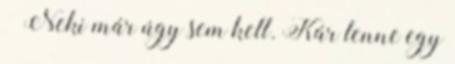
– Neki már úgy sem kell. Kár lenne egy